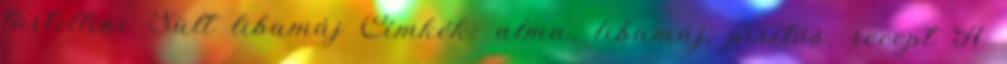
tortellini Sült libamáj Címkék: alma, libamáj, pirítós, recept A